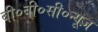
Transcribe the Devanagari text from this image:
बी०बी०सी०न्यूज़